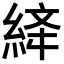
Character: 𦀮